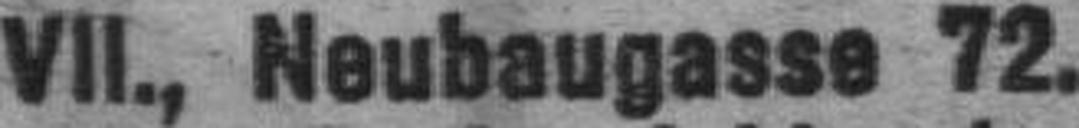
VII., Neubaugasse 72.